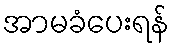
အာမခံပေးရန်